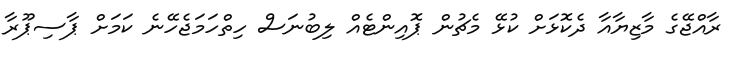
ރާއްޖޭގެ މާޒިޔާއާ ދެކޮޅަށް ކުޅޭ މެޗުން ޕޮއިންޓެއް ލިބުނަސް ހިތްހަމަޖެހޭނެ ކަމަށް ޕާސިޕޫރާ